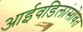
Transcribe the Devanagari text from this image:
आईवडिलांसोबत